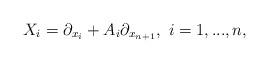
LaTeX: \begin{align*}X_i=\partial_{x_i}+A_i\partial_{ x_{n+1}}, \ i=1,...,n,\end{align*}